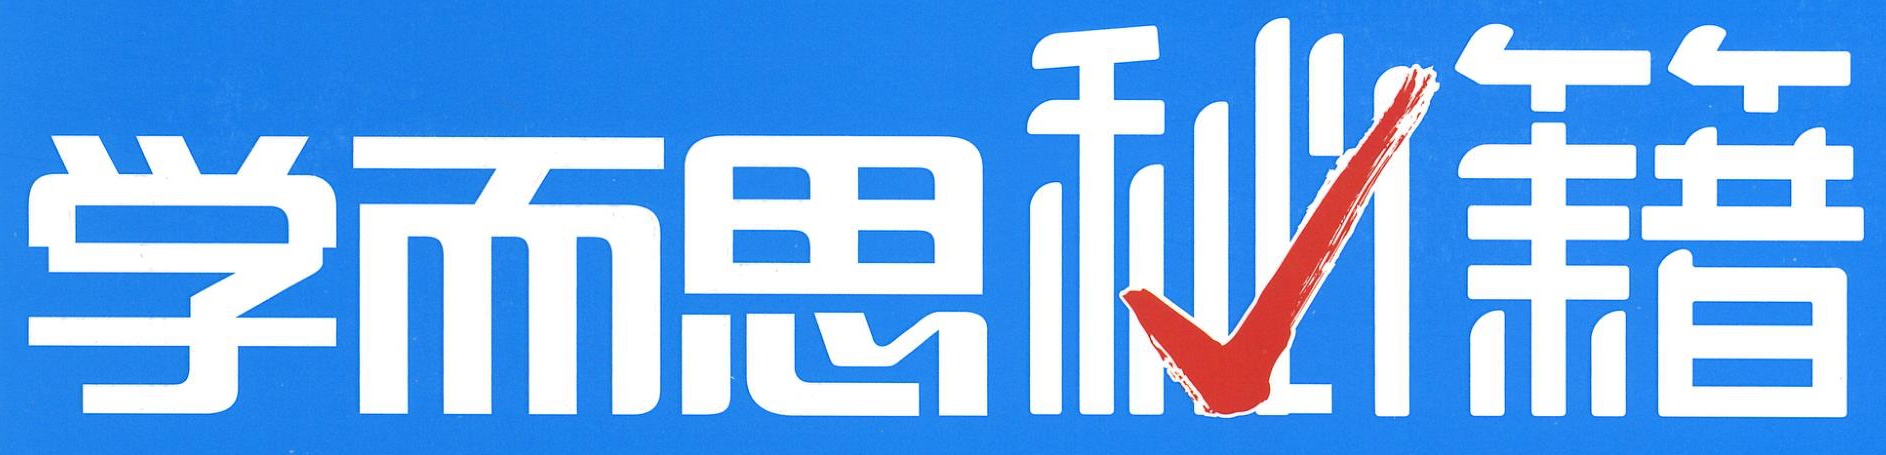
学而思秘籍